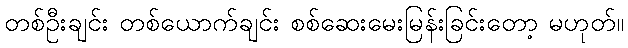
တစ်ဦးချင်း တစ်ယောက်ချင်း စစ်ဆေးမေးမြန်းခြင်းတော့ မဟုတ်။